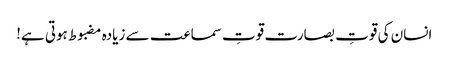
﻿ انسان کی قوتِ بصارت قوتِ سماعت سے زیادہ مضبوط ہوتی ہے!